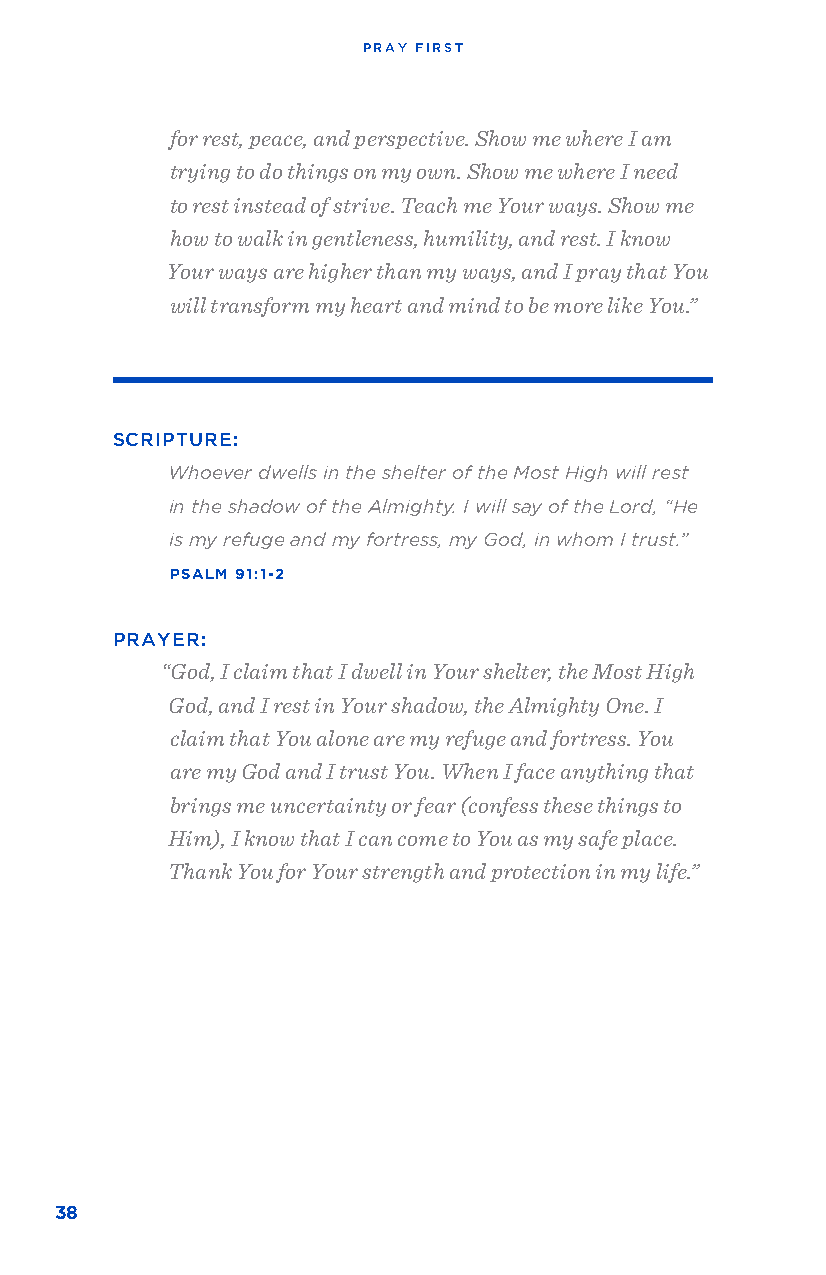
PRAY FIRST
 for rest, peace, and perspective. Show me where I am
 trying to do things on my own. Show me where I need
 to rest instead of strive. Teach me Your ways. Show me
 how to walk in gentleness, humility, and rest. I know
 Your ways are higher than my ways, and I pray that You
 will transform my heart and mind to be more like You.”
 SCRIPTURE:
 Whoever dwells in the shelter of the Most High will rest
 in the shadow of the Almighty. I will say of the Lord, “He
 is my refuge and my fortress, my God, in whom I trust.”
 PSALM 91:1-2
 PRAYER:
 “God, I claim that I dwell in Your shelter, the Most High
 God, and I rest in Your shadow, the Almighty One. I
 claim that You alone are my refuge and fortress. You
 are my God and I trust You. When I face anything that
 brings me uncertainty or fear (confess these things to
 Him), I know that I can come to You as my safe place.
 Thank You for Your strength and protection in my life.”
 38